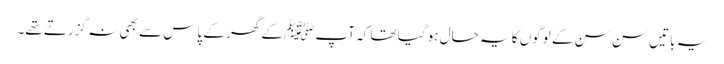
یہ باتیں سن سن کے لوگوں کا یہ حال ہو گیا تھا کہ آپﷺ کے گھر کے پاس سے بھی نہ گزرتے تھے۔